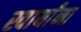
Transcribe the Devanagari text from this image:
स्वार्यांना